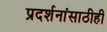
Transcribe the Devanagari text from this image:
प्रदर्शनांसाठीही